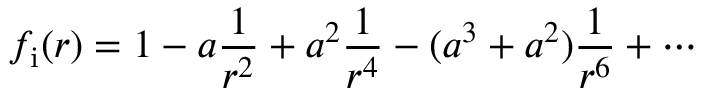
f _ { \mathrm { { i } } } ( r ) = \displaystyle { 1 - a \frac { 1 } { r ^ { 2 } } + a ^ { 2 } \frac { 1 } { r ^ { 4 } } - ( a ^ { 3 } + a ^ { 2 } ) \frac { 1 } { r ^ { 6 } } + \cdots }